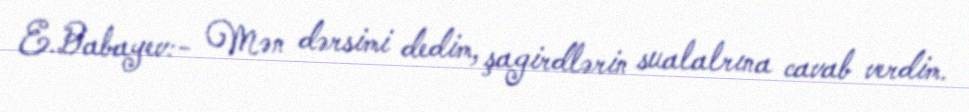
E.Babayev:- Mən dərsimi dedim, şagirdlərin sualalrına cavab verdim.